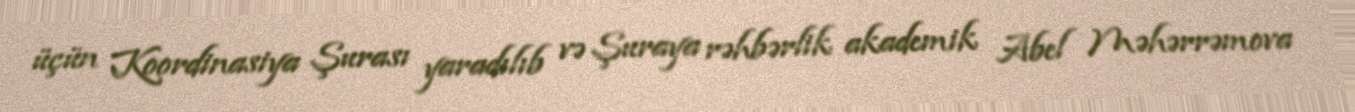
üçün Koordinasiya Şurası yaradılıb və Şuraya rəhbərlik akademik Abel Məhərrəmova